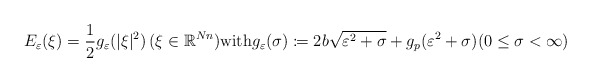
\begin{align*}E_{\varepsilon}(\xi)=\frac{1}{2}g_{\varepsilon}(\lvert \xi\rvert^{2})\,(\xi\in{\mathbb R}^{Nn})\textrm{with}g_{\varepsilon}(\sigma)\coloneqq 2b\sqrt{\varepsilon^{2}+\sigma}+g_{p}(\varepsilon^{2}+\sigma)(0\le \sigma<\infty)\end{align*}